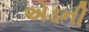
એડની